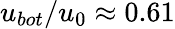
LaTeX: {{u}_{bot}}/{{u}_{0}}\approx 0.61